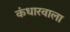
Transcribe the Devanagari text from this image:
कंधारवाला